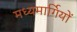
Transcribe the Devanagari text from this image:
मध्यमार्गियों